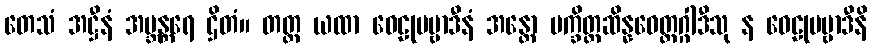
တေသံ အဋ္ဌီနံ အဗ္ဘန္တရေ ဌိတံ။ တတ္ထ ယထာ ဝေဠုပဗ္ဗာဒီနံ အန္တော ပက္ခိတ္တဆိန္နဝေတ္တဂ္ဂါဒီသု န ဝေဠုပဗ္ဗာဒီနိ